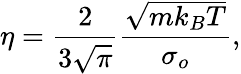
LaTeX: \eta=\frac{2}{3\sqrt{\pi}}\frac{\sqrt{mk_{B}T}}{\sigma_{o}},